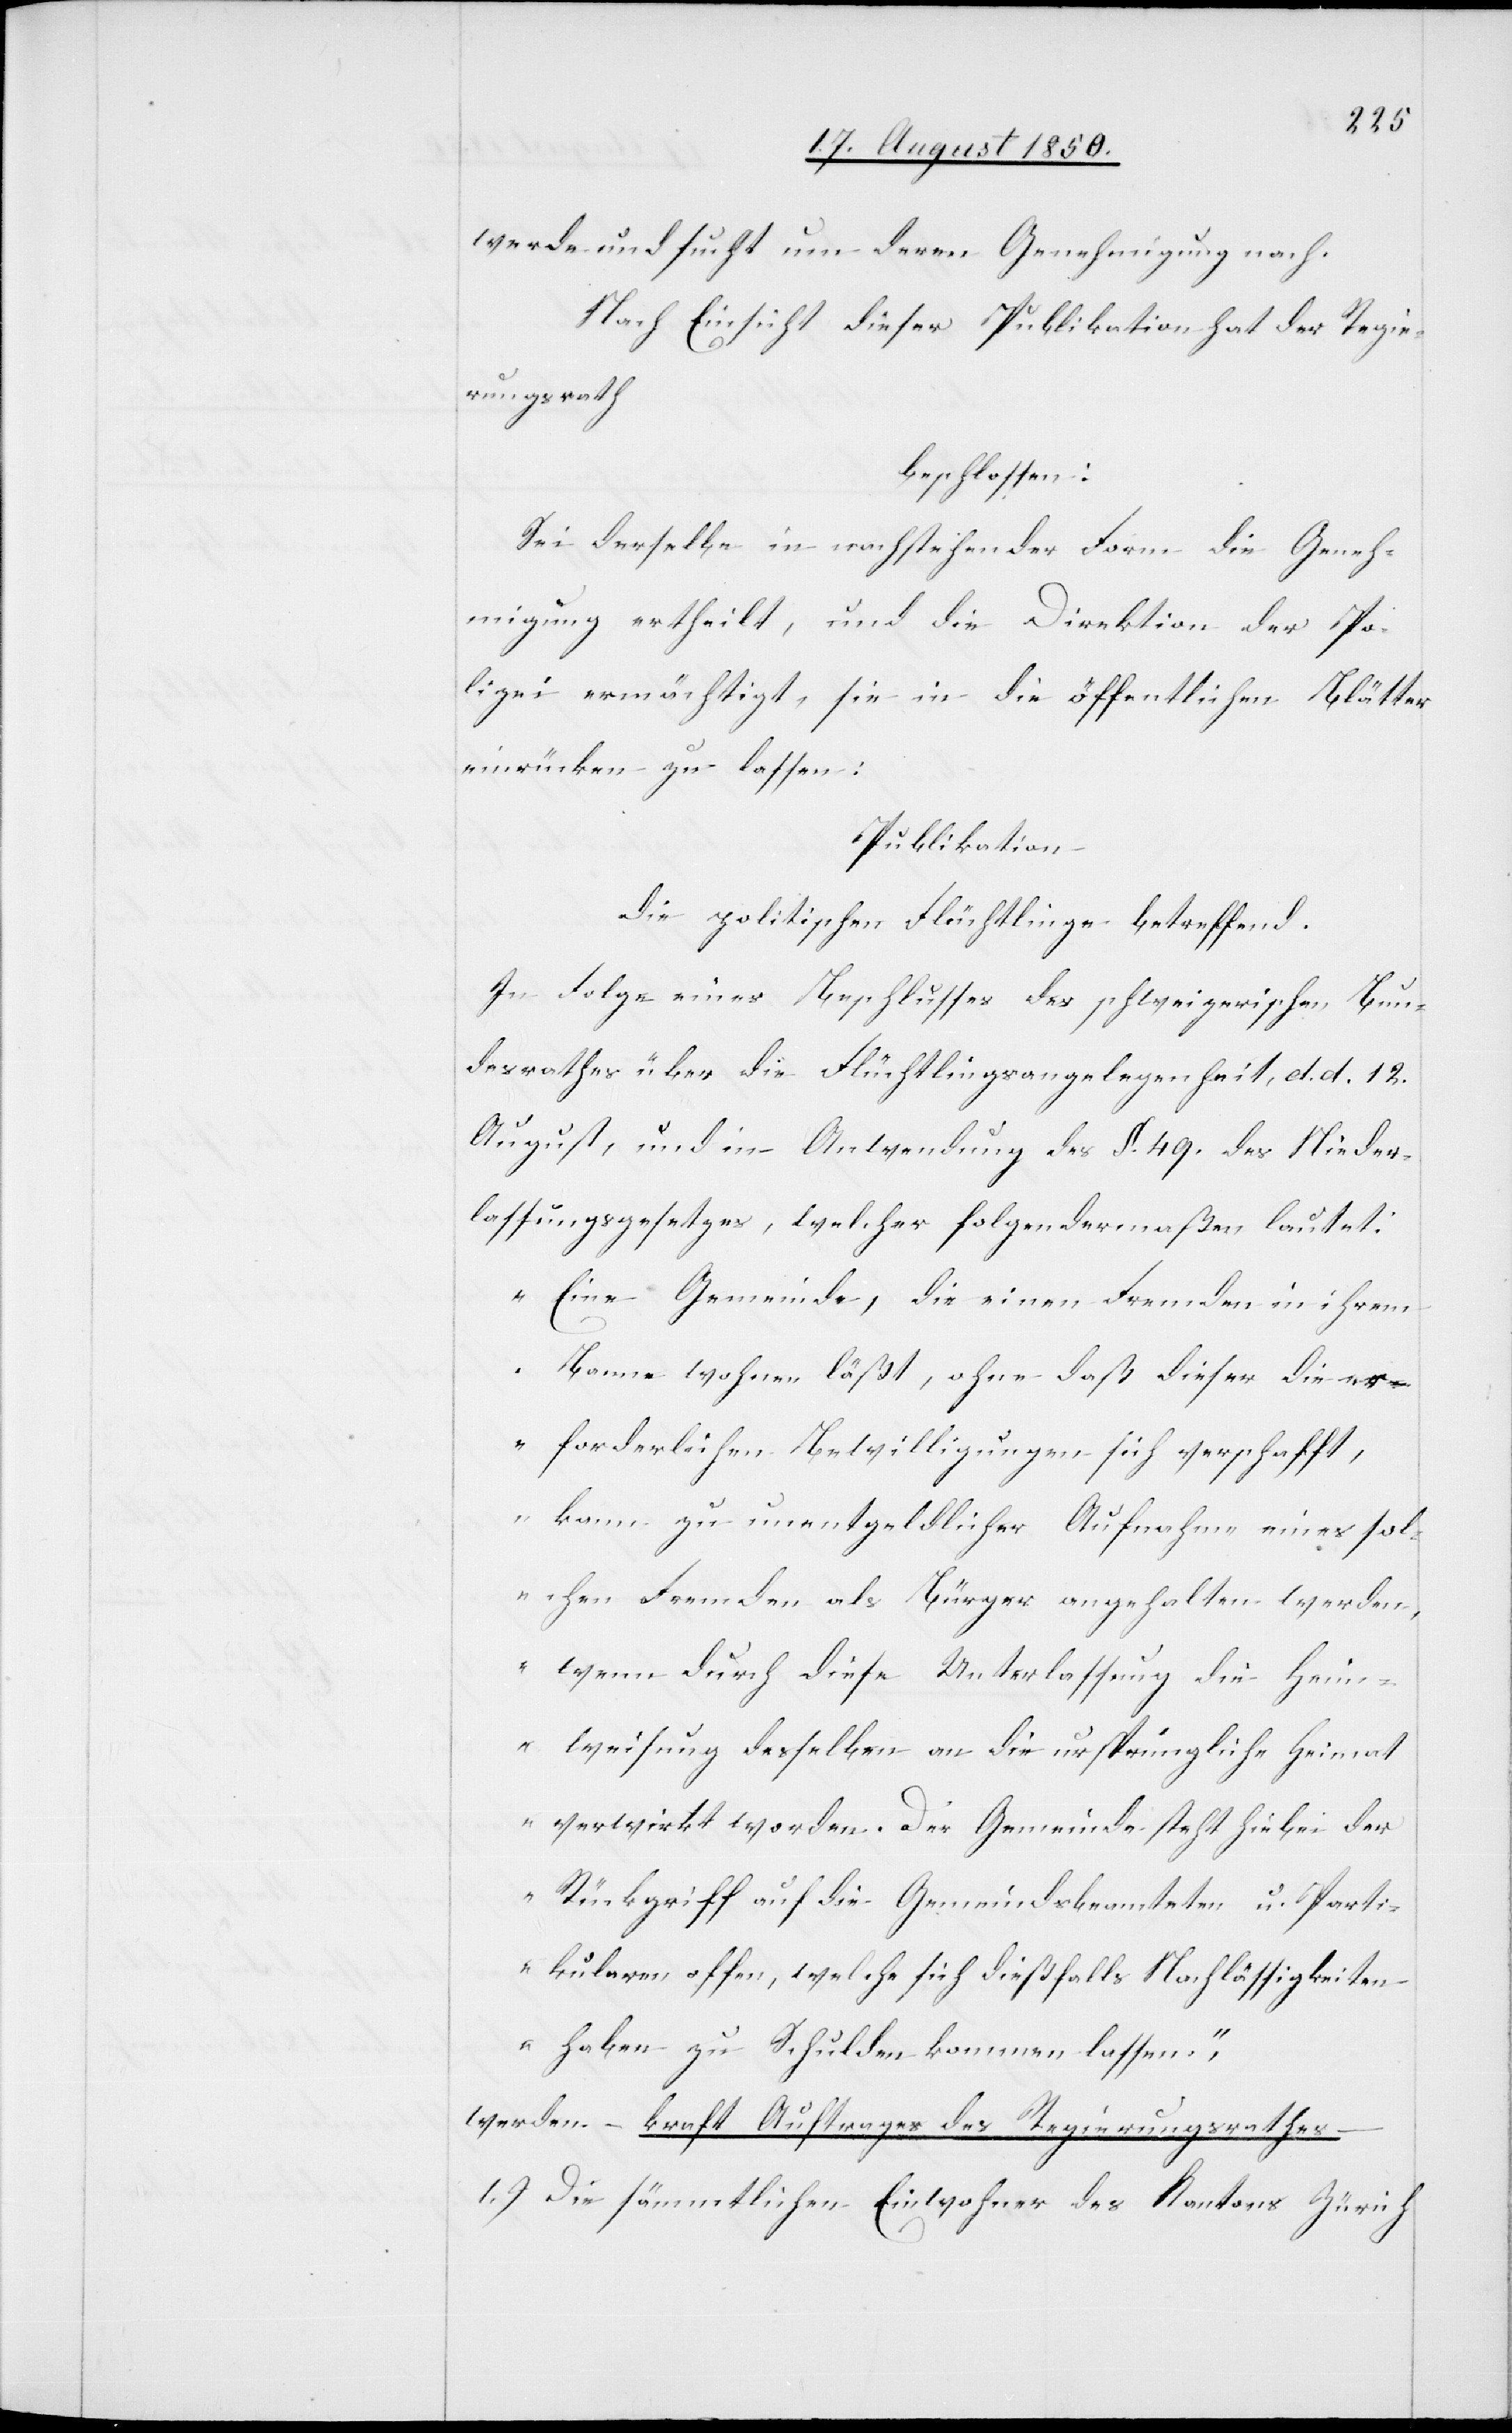
werde und sucht um deren Genehmigung nach.
Nach Einsicht dieser Publikation hat der Regie¬
rungsrath
beschlossen:
Sei derselbe in nachstehender Form die Geneh¬
migung ertheilt, und die Direktion der Po¬
lizei ermächtigt, sie in die öffentlichen Blätter
einrücken zu lassen:
Publikation
die politischen Flüchtlinge betreffend.
In Folge eines Beschlusses des schweizerischen Bun¬
desrathes über die Flüchtlingsangelegenheit, d. d. 12.
August, und in Anwendung des §. 49. des Nieder¬
lassungsgesetzes, welcher folgendermaßen lautet:
„Eine Gemeinde, die einen Fremden in ihrem
Banne wohnen läßt, ohne daß dieser die er¬
forderlichen Bewilligungen sich verschafft,
kann zu unentgeldlicher Aufnahme eines sol¬
chen fremden als Bürger angehalten werden,
wenn durch diese Unterlassung die Heim¬
weisung desselben an die ursprüngliche Heimat
verwirkt worden. Der Gemeinde steht hiebei der
Rückgriff auf die Gemeindsbeamteten u. Parti¬
kularen offen, welche sich dießfalls Nachlässigkeiten
haben zu Schulden kommen lassen.“
werden – kraft Auftrages des Regierungsrathes
1.) Die sämmtlichen Einwohner des Kantons Zürich